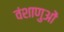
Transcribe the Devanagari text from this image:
वंशाणुओं